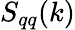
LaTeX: S_{qq}(k)